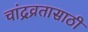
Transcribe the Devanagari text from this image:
चांद्रव्रतासाठी